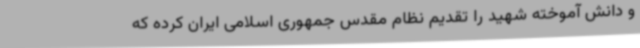
و دانش آموخته شهید را تقدیم نظام مقدس جمهوری اسلامی ایران کرده که